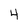
Character: 4